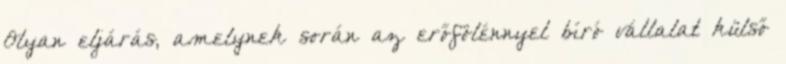
Olyan eljárás, amelynek során az erőfölénnyel bíró vállalat külső